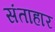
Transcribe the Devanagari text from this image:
संताहार